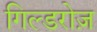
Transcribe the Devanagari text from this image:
गिल्डरोज़